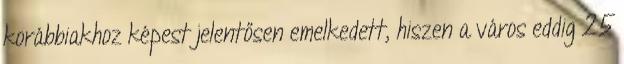
korábbiakhoz képest jelentősen emelkedett, hiszen a város eddig 25